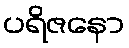
ပရိဇနော